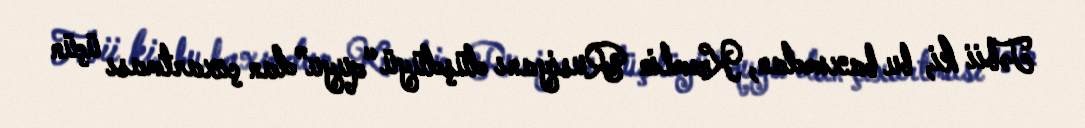
Təbii ki, bu baxımdan, Kremlin Rusiyanı düşdüyü “quyu”dan çıxartması üçün